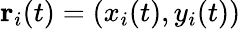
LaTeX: \mathbf{r}_{i}(t)=(x_{i}(t),y_{i}(t))